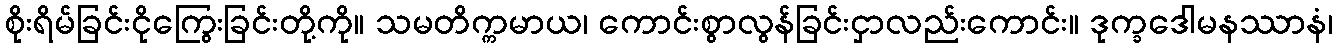
စိုးရိမ်ခြင်းငိုကြွေးခြင်းတို့ကို။ သမတိက္ကမာယ၊ ကောင်းစွာလွန်ခြင်းငှာလည်းကောင်း။ ဒုက္ခဒေါမနဿာနံ၊